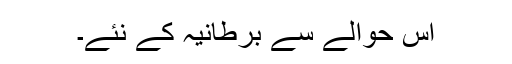
اس حوالے سے برطانیہ کے نئے۔